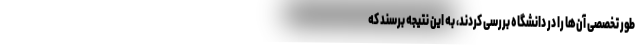
طور تخصصی آن‌ها را در دانشگاه بررسی کردند، به این نتیجه برسند که